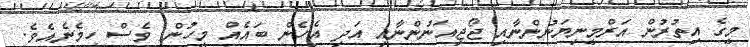
މީގެ އިތުރުން އަރްމީނިޔަނުންނާއި ޖޯޖިއަނުންނާއި އަދި އެހެން ބައެއް މީހުން ވެސް ހިމެނެއެވެ.